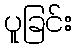
ပူခြင်း